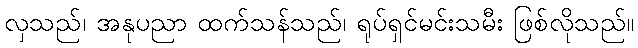
လှသည်၊ အနုပညာ ထက်သန်သည်၊ ရုပ်ရှင်မင်းသမီး ဖြစ်လိုသည်။